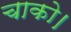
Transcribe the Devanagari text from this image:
चाको।